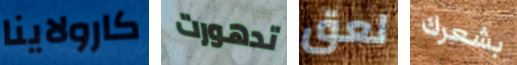
كارولاينا تدهورت لعق بشعرك